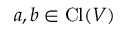
a , b \in \operatorname { C l } ( V )